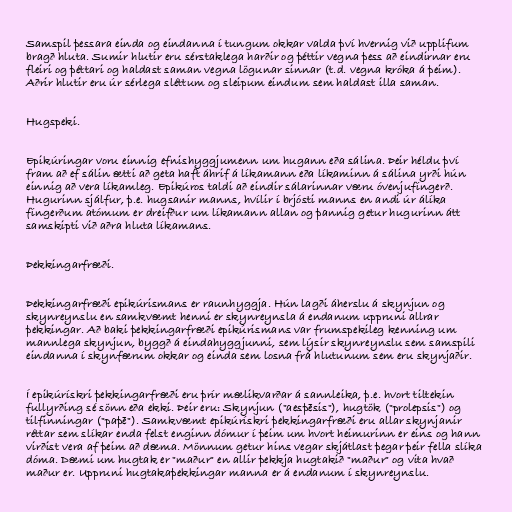
Samspil þessara einda og eindanna í tungum okkar valda því hvernig við upplifum
bragð hluta. Sumir hlutir eru sérstaklega harðir og þéttir vegna þess að eindirnar eru
fleiri og þéttari og haldast saman vegna lögunar sinnar (t.d. vegna króka á þeim).
Aðrir hlutir eru úr sérlega sléttum og sleipum eindum sem haldast illa saman.

Hugspeki.

Epikúringar voru einnig efnishyggjumenn um hugann eða sálina. Þeir héldu því
fram að ef sálin ætti að geta haft áhrif á líkamann eða líkaminn á sálina yrði hún
einnig að vera líkamleg. Epikúros taldi að eindir sálarinnar væru óvenjufíngerð.
Hugurinn sjálfur, þ.e. hugsanir manns, hvílir í brjósti manns en andi úr álíka
fíngerðum atómum er dreifður um líkamann allan og þannig getur hugurinn átt
samskipti við aðra hluta líkamans.

Þekkingarfræði.

Þekkingarfræði epikúrismans er raunhyggja. Hún lagði áherslu á skynjun og
skynreynslu en samkvæmt henni er skynreynsla á endanum uppruni allrar
þekkingar. Að baki þekkingarfræði epikúrismans var frumspekileg kenning um
mannlega skynjun, byggð á eindahyggjunni, sem lýsir skynreynslu sem samspili
eindanna í skynfærum okkar og einda sem losna frá hlutunum sem eru skynjaðir.

Í epikúrískri þekkingarfræði eru þrír mælikvarðar á sannleika, þ.e. hvort tiltekin
fullyrðing sé sönn eða ekki. Þeir eru: Skynjun ("aesþēsis"), hugtök ("prolepsis") og
tilfinningar ("paþē"). Samkvæmt epikúrískri þekkingarfræði eru allar skynjanir
réttar sem slíkar enda felst enginn dómur í þeim um hvort heimurinn er eins og hann
virðist vera af þeim að dæma. Mönnum getur hins vegar skjátlast þegar þeir fella slíka
dóma. Dæmi um hugtak er "maður" en allir þekkja hugtakið "maður" og vita hvað
maður er. Uppruni hugtakaþekkingar manna er á endanum í skynreynslu.